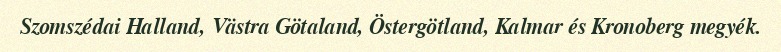
Szomszédai Halland, Västra Götaland, Östergötland, Kalmar és Kronoberg megyék.